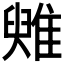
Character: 𩀑